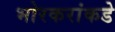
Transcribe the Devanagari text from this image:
भोरकरांकडे